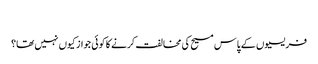
‏
فریسیوں کے پاس مسیح کی مخالفت کرنے کا کوئی جواز کیوں نہیں تھا؟